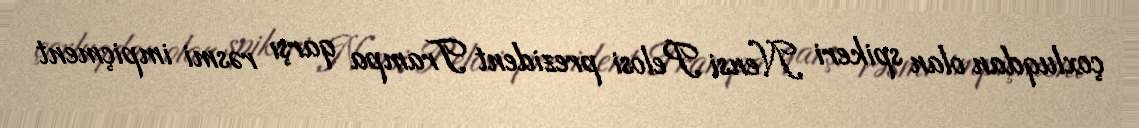
çoxluqdan olan spikeri Nensi Pelosi prezident Trampa qarşı rəsmi impiçment